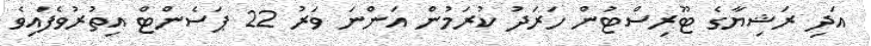
އަދި ރަޝިޔާގެ ޓޫރިސްޓުން ހަރަދު ކުރަމުން އަންނަ ވަރު 22 ޕަސެންޓް އިތުރުވެފައިވެ